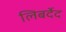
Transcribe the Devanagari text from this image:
लिबर्देद